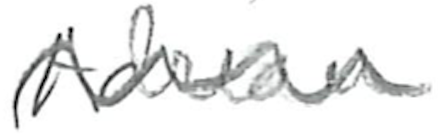
Text: Adriaan
Cross-out: wave
Writing tool: pencil